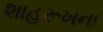
શાહરૂખના